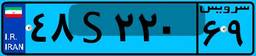
۴۸S۲۲۰۶۹